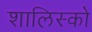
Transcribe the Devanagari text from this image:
शालिस्को